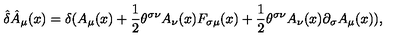
\hat { \delta } \hat { A } _ { \mu } ( x ) = \delta ( A _ { \mu } ( x ) + { \frac { 1 } { 2 } } \theta ^ { \sigma \nu } A _ { \nu } ( x ) F _ { \sigma \mu } ( x ) + { \frac { 1 } { 2 } } \theta ^ { \sigma \nu } A _ { \nu } ( x ) \partial _ { \sigma } A _ { \mu } ( x ) ) ,